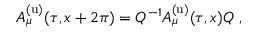
A _ { \mu } ^ { \mathrm { ( u ) } } ( \tau , x + 2 \pi ) = Q ^ { - 1 } A _ { \mu } ^ { \mathrm { ( u ) } } ( \tau , x ) Q ~ ,